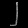
Digit: ၂